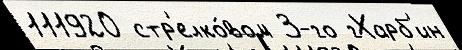
111920 стр'елко́вом 3-го гХарб'ин